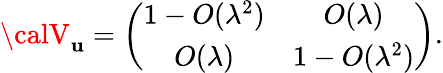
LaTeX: {\calV}_{\mathbf{u}}=\left(\begin{array}{cc}{{1-O(\lambda^{2})}}&{{O(\lambda)}}\\ {{O(\lambda)}}&{{1-O(\lambda^{2})}}\end{array}\right).